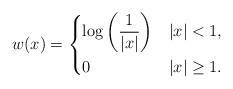
LaTeX: \begin{align*} w(x)=\begin{dcases} \log\left( \frac1{|x|} \right) & |x|<1, \\ 0 & |x|\geq 1. \end{dcases}\end{align*}